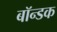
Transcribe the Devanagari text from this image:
बॉन्डक